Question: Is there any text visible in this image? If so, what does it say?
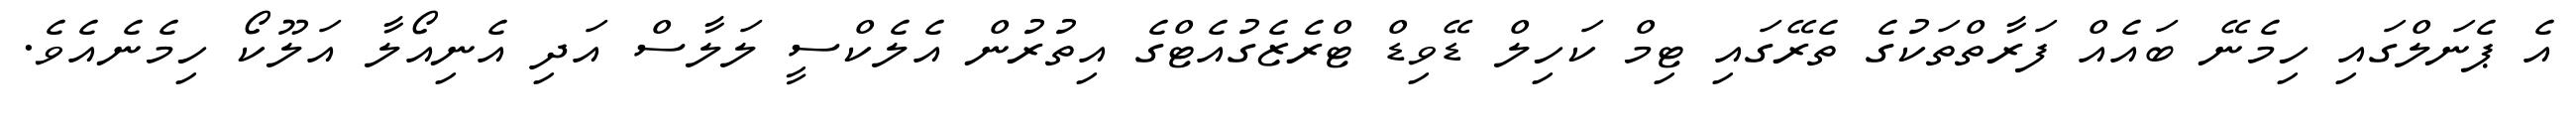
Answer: އެ ޕެނަލްގައި ހިމެނޭ ބައެއް ފަރާތްތަކުގެ ތެރޭގައި ޓިމް ކަހިލް ޑޭވިޑް ޓްރެޒެގުއެޓްގެ އިތުރުން އެލެކްސީ ލަލާސް އަދި އެނިއޯލާ އަލޫކޯ ހިމެނެއެވެ.